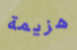
هزيمة